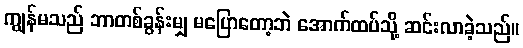
ကျွန်မသည် ဘာတစ်ခွန်းမျှ မပြောတော့ဘဲ အောက်ထပ်သို့ ဆင်းလာခဲ့သည်။